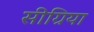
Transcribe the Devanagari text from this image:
सीग्रिया